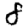
Digit: 8